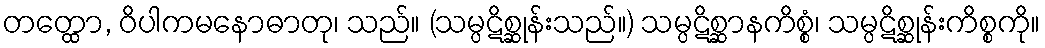
တတ္ထော, ဝိပါကမနောဓာတု၊ သည်။ (သမ္ပဋိစ္ဆုန်းသည်။) သမ္ပဋိစ္ဆာနကိစ္စံ၊ သမ္ပဋိစ္ဆုန်းကိစ္စကို။